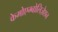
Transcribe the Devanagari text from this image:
केमोएम्बोलिज़ेशन